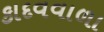
કાદવવાળા